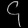
Digit: ၄